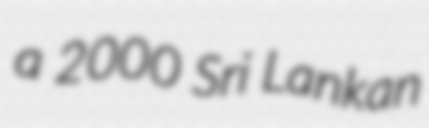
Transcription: a 2000 Sri Lankan